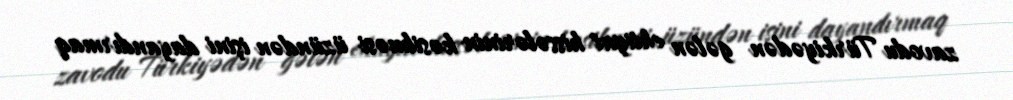
zavodu Türkiyədən gələn ehtiyat hissələrinin kəsilməsi üzündən işini dayandırmaq